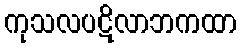
ကုသလပဋိလာဘကထာ